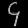
Digit: ၄